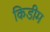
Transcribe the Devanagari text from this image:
किडीम